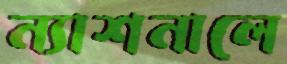
ন্যাশনালে